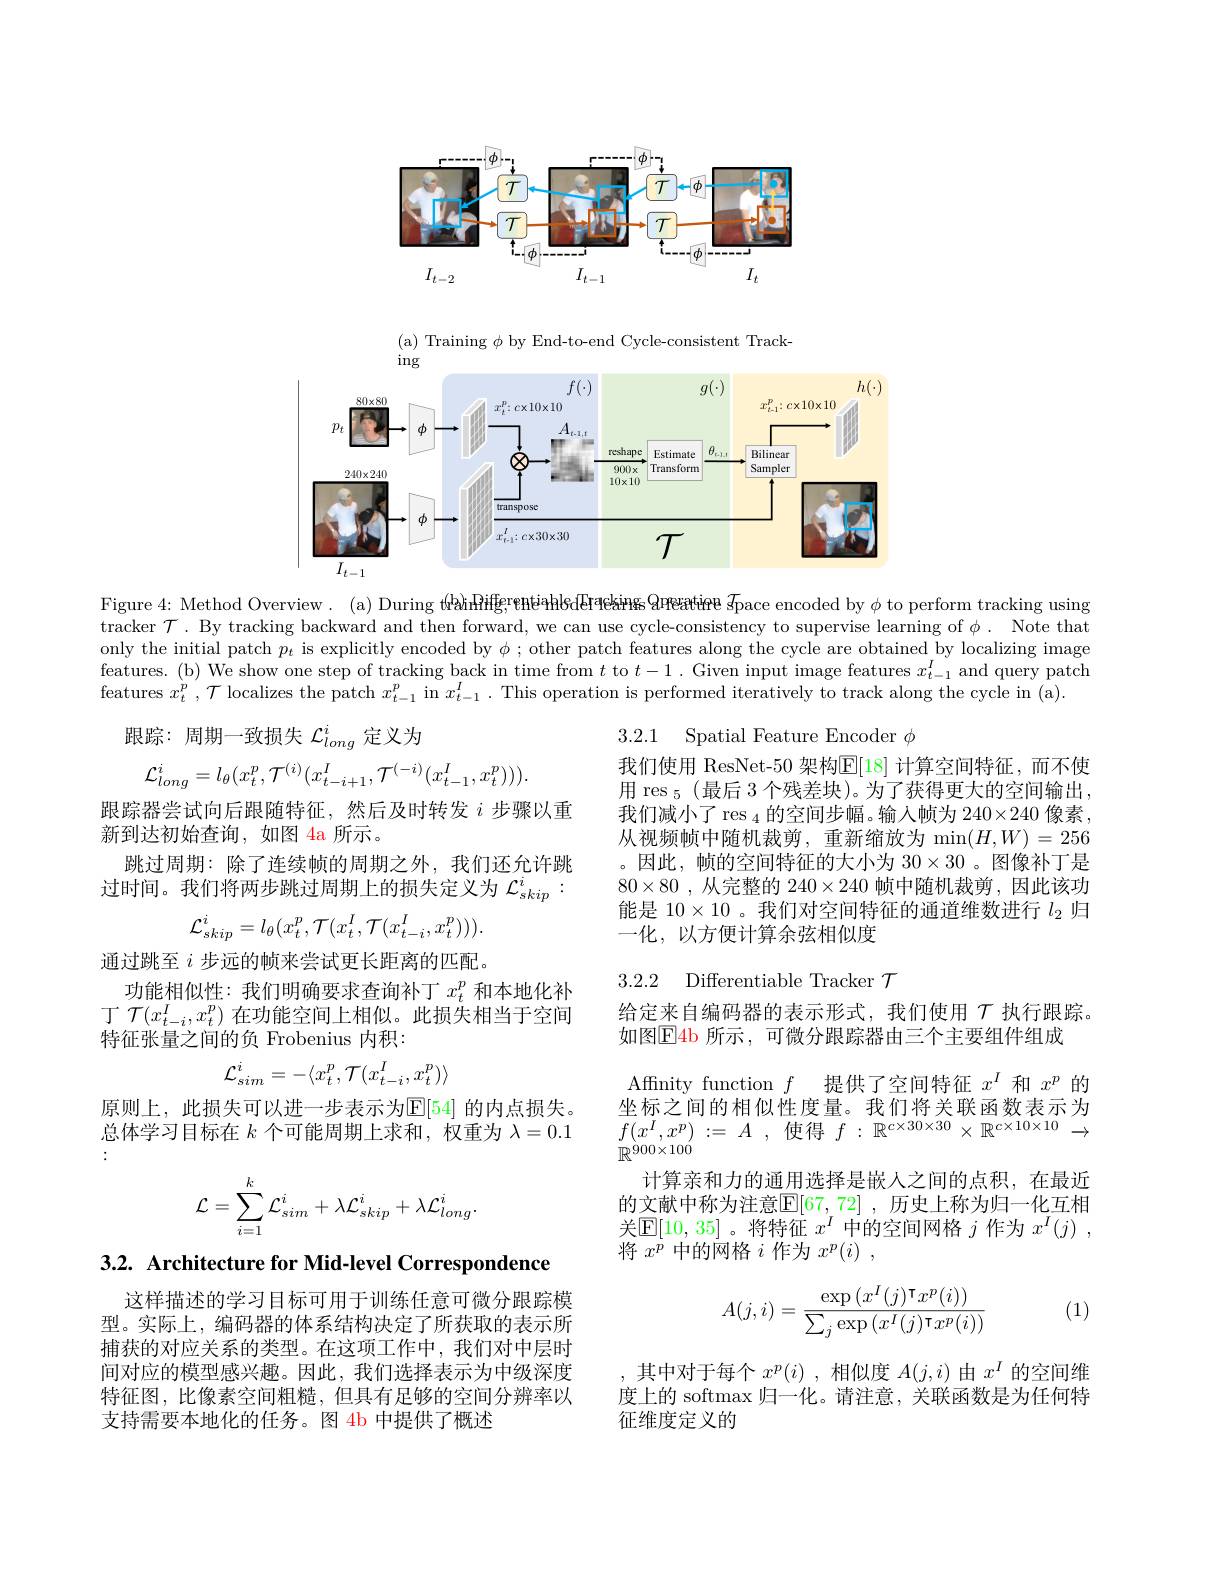
<FigureHere>

( a) Training $\phi$ by End- to- end Cycle- consistent Track-
<FigureHere>

Figure 4: Method Overview. (a) During tébhifgrentiahledF$reking Qrpeatire \mathcal{G}$pace encoded by $\phi$ to perform tracking using tracker $\mathcal{T}$ . By tracking backward and then forward, we can use cycle-consistency to supervise learning of $\phi .$ Note that only the initial patch $p_t$ is explicitly encoded by $\phi;$ other patch features along the cycle are obtained by localizing image features. (b) We show one step of tracking back in time from $t$ to $t-1.$ Given input image features $x_t-1^I$ and query patch features $x_t^p,\mathcal{T}$ localizes the patch $x_t-1^p$ in $x_t-1^I.$ This operation is performed iteratively to track along the cycle in (a).

跟踪：周期一致损失$\mathcal{L}_long^i$定义为

3.2.1 Spatial Feature Encoder $\phi$
$$\mathcal{L}_{long}^i=l_\theta(x_t^p,\mathcal{T}^{(i)}(x_{t-i+1}^I,\mathcal{T}^{(-i)}(x_{t-1}^I,x_t^p))).$$
跟踪器尝试向后跟随特征，然后及时转发$i$步骤以重
新到达初始查询，如图 4a 所示。
跳过周期：除了连续帧的周期之外，我们还允许跳过时间。我们将两步跳过周期上的损失定义为$\mathcal{L}_{skip}^i$

我们使用 ResNet-50 架构$\overline{\mathbb{E}}[18]$ 计算空间特征，而不使用 res $_{5}$(最后 3 个残差块)。为了获得更大的空间输出我们减小了 res $_4$的空间步幅。输入帧为 240×240 像素， 从视频帧中随机裁剪，重新缩放为 min$(H,W)=256$ 。因此，帧的空间特征的大小为$30\times30$ 。图像补丁是$80\times80$ ,从完整的$240\times240$帧中随机裁剪 ,因此该功能是$10\times10$ 。我们对空间特征的通道维数进行$l_{2}$归一化，以方便计算余弦相似度
$$\mathcal{L}_{skip}^{i}=l_{\theta}(x_{t}^{p},\mathcal{T}(x_{t}^{I},\mathcal{T}(x_{t-i}^{I},x_{t}^{p}))).$$
3.2.2 Differentiable Tracker $\mathcal{T}$

通过跳至$i$步远的帧来尝试更长距离的匹配。
功能相似性：我们明确要求查询补丁$x_t^p$和本地化补丁$\mathcal{T}(x_{t-i}^{I},x_{t}^{p})$在功能空间上相似。此损失相当于空间特征张量之间的负 Frobenius 内积：

给定来自编码器的表示形式，我们使用$\tau$ 执行跟踪。
如图$\boxed{\mathrm{E}}$4b 所示，可微分跟踪器由三个主要组件组成
$$\mathcal{L}_{sim}^i=-\langle x_t^p,\mathcal{T}(x_{t-i}^I,x_t^p)\rangle $$
原则上，此损失可以进一步表示为$\mathbb{E}[54]$ 的内点损失。总体学习目标在$k$个可能周期上求和，权重为$\lambda=0.1$

Affinity function $f$提供了空间特征$x^I$和$x^p$的坐标之间的相似性度量。我们将关联函数表示为$\begin{array}{ll}{\pm\text{ 小}}\\{f(x^{I},x^{p}):=A\:,\:\text{使得 }f:\mathbb{R}^{c\times30\times30}\times\mathbb{R}^{c\times10\times10}\to}\end{array}$ $\ddot{\mathbb{R}}^{\grave{9}00\times100}$
计算亲和力的通用选择是嵌人之间的点积，在最近的文献中称为注意$\overline{\mathbb{E}}[67,72]$ ,历史上称为归一化互相关$\mathbb{E}[10,35]$。将特征$x^I$中的空间网格$j$作为$x^I(j)$ , 将$x^p$中的网格$i$作为$x^p(i)$,
$$\mathcal{L}=\sum_{i=1}^k\mathcal{L}_{sim}^i+\lambda\mathcal{L}_{skip}^i+\lambda\mathcal{L}_{long}^i.$$
3.2. Architecture for Mid-level Correspondence

$\frac{1}{(1)}$
$$A(j,i)=\frac{\exp\left(x^I(j)^\intercal x^p(i)\right)}{\sum_j\exp\left(x^I(j)^\intercal x^p(i)\right)}$$
这样描述的学习目标可用于训练任意可微分跟踪模型。实际上，编码器的体系结构决定了所获取的表示所捕获的对应关系的类型。在这项工作中，我们对中层时间对应的模型感兴趣。因此，我们选择表示为中级深度特征图，比像素空间粗糙，但具有足够的空间分辨率以支持需要本地化的任务。图 4b 中提供了概述

,其中对于每个$x^p(i)$,相似度$A(j,i)$由$x^I$的空间维度上的 softmax 归一化。请注意，关联函数是为任何特征维度定义的